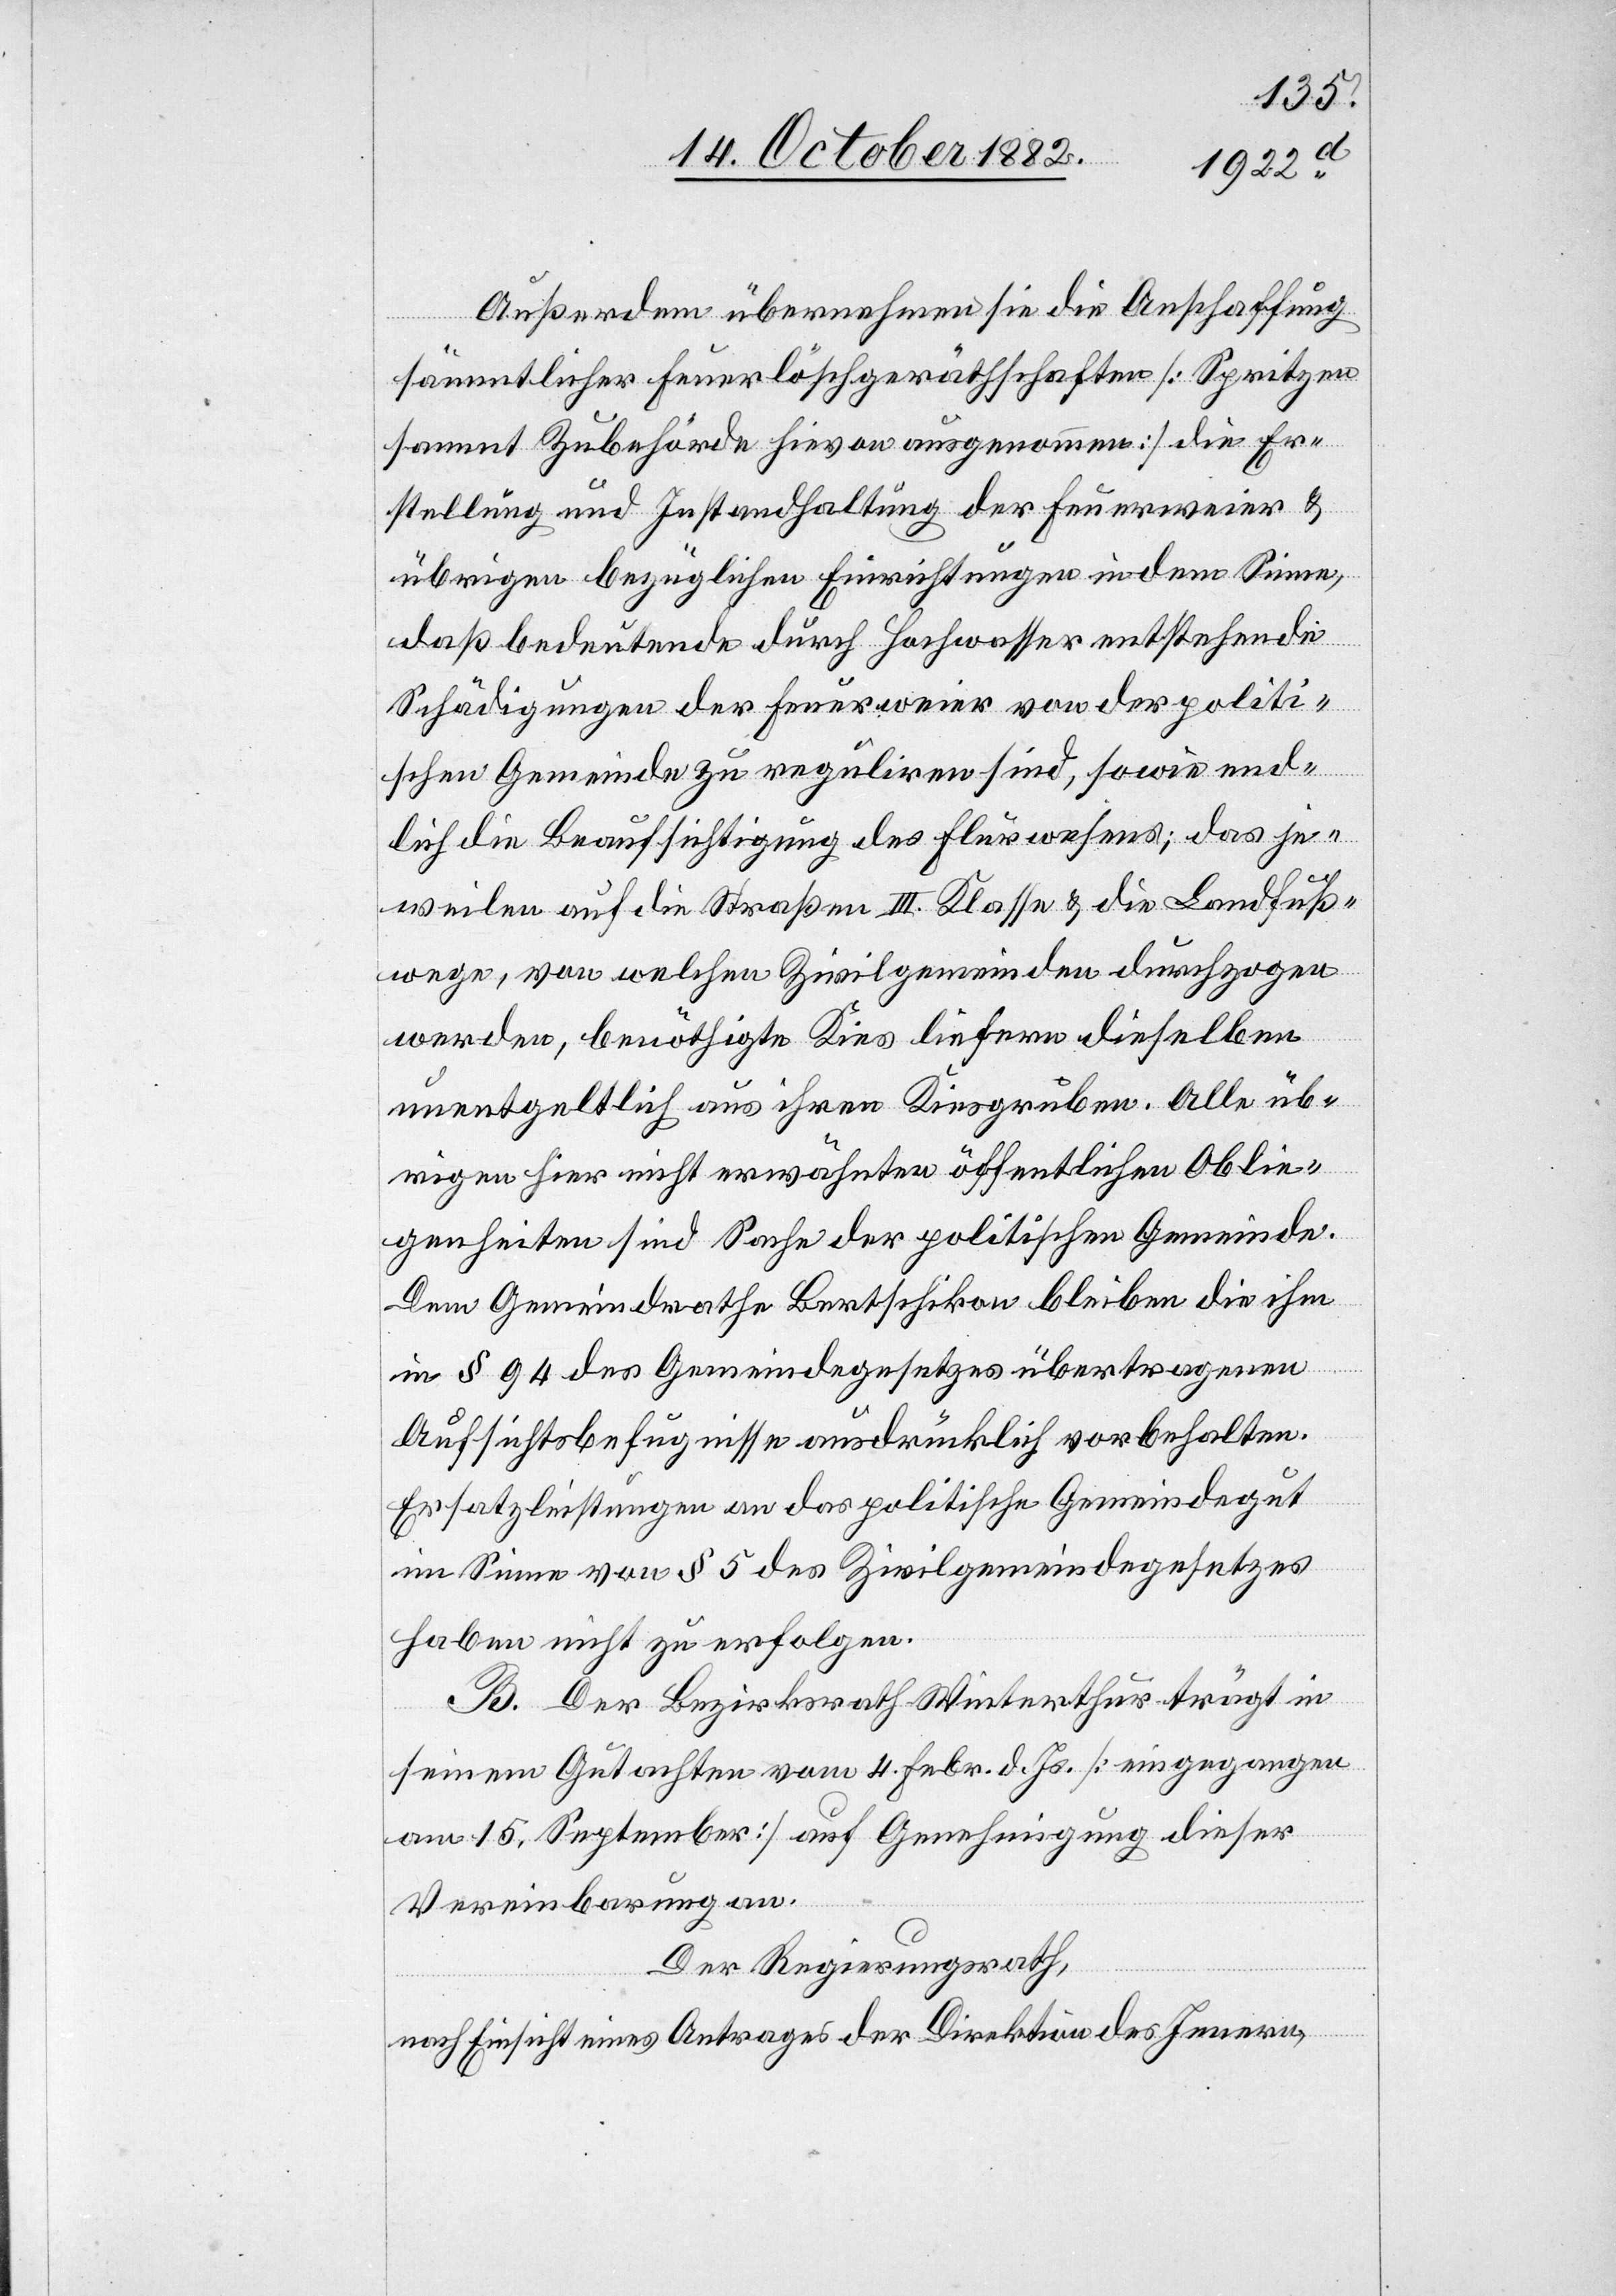
Außerdem übernehmen sie die Anschaffung
sämmtlicher Feuerlöschgeräthschaften [Spritzen
sammt Zubehörden hievon ausgenommen] die Er¬
stellung und Instandhaltung der Feuerweier &
übrigen bezüglichen Einrichtungen in dem Sinne,
daß bedeutende durch Hochwasser entstehende
Schädigungen der Feuerweier von der politi¬
schen Gemeinde zu reguliren sind, sowie end¬
lich die Beaufsichtigung des Flurwesens; das je¬
weilen auf die Straßen III. Klasse & die Landfuß¬
wege, von welchen Zivilgemeinden durchzogen
werden, benöthigte Kies liefern dieselben
unentgeltlich aus ihren Kiesgruben. Alle üb¬
rigen hier nicht erwähnten öffentlichen Oblie¬
genheiten sind Sache der politischen Gemeinde.
Dem Gemeindrathe Bertschikon bleiben die ihm
in § 94 des Gemeindegesetzes übertragenen
Aufsichtsbefugnisse ausdrücklich vorbehalten.
Ersatzleistungen an das politische Gemeindegut
im Sinne von § 5 des Zivilgemeindegesetzes
haben nicht zu erfolgen.
B. Der Bezirksrath Winterthur trägt in
seinem Gutachten vom 4. Febr. d. Js. [eingegangen
am 15. September] auf Genehmigung dieser
Vereinbarung an.
Der Regierungsrath,
nach Einsicht eines Antrages der Direktion des Innern,